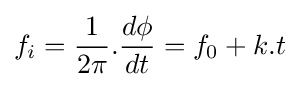
f_{i}={\frac {1}{2\pi }}.{\frac {d\phi }{dt}}=f_{0}+k.t